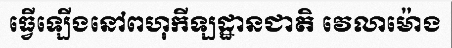
ធ្វើឡើងនៅពហុកីឡដ្ឋានជាតិ វេលាម៉ោង